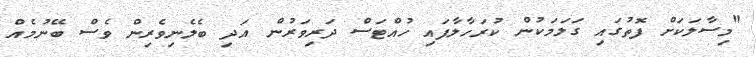
"މިސާލަކަށް ފޮތުގައި ގަލަމަކުން ކުރަހާލާފައި ހުއްޓަސް ދަރިވަރުން އަދި ބެލެނިވެރިން ވެސް ބޭނުމެއް